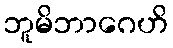
ဘူမိဘာဂေဟိ